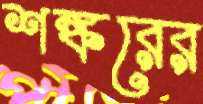
শঙ্করের